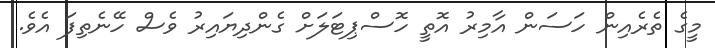
މީގެ ތެރެއިން ހަސަން އާމިރު އޮތީ ހޮސްޕިޓަލަށް ގެންދިޔައިރު ވެސް ހޭނެތިފަ އެވެ.